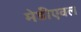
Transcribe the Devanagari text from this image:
मेडीएवल